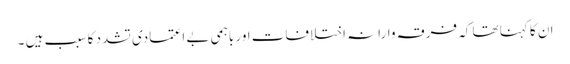
ان کا کہنا تھا کہ فرقہ وارانہ اختلافات اور باہمی بے اعتمادی تشدد کا سبب ہیں ۔